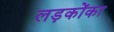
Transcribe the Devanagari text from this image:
लड़कोंका